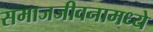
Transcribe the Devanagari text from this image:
समाजजीवनामध्ये